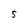
Character: 5